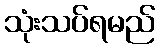
သုံးသပ်ရမည်